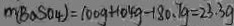
m ( B a S O _ { 4 } ) = 1 0 0 g + 1 0 4 g - 1 8 0 . 7 g = 2 3 . 3 g